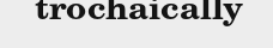
trochaically